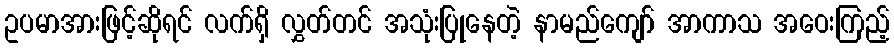
ဥပမာအားဖြင့်ဆိုရင် လက်ရှိ လွှတ်တင် အသုံးပြုနေတဲ့ နာမည်ကျော် အာကာသ အဝေးကြည့်